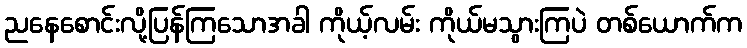
ညနေစောင်းလို့ပြန်ကြသောအခါ ကိုယ့်လမ်း ကိုယ်မသွားကြပဲ တစ်ယောက်က